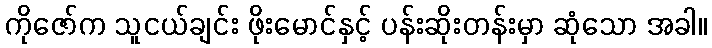
ကိုဇော်က သူငယ်ချင်း ဖိုးမောင်နှင့် ပန်းဆိုးတန်းမှာ ဆုံသော အခါ။